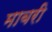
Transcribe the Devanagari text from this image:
माबरी